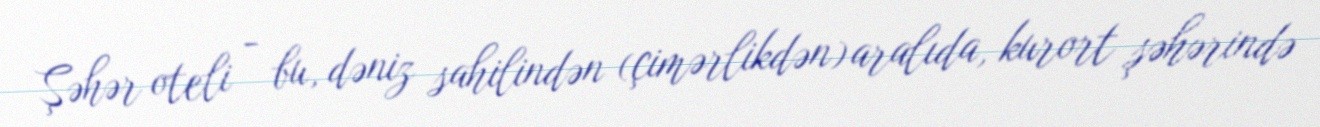
Şəhər oteli - bu, dəniz sahilindən (çimərlikdən) aralıda, kurort şəhərində